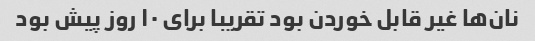
نان‌ها غیر قابل خوردن بود تقریبا برای ۱۰ روز پیش بود